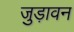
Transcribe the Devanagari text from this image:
जुड़ावन